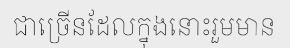
ជាច្រើនដែលក្នុងនោះរួមមាន